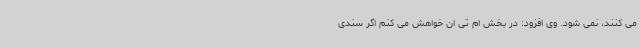
می کنند، نمی شود. وی افزود: در بخش ام تی ان خواهش می کنم اگر سندی